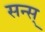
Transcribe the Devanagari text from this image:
सन्स्